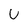
Character: U